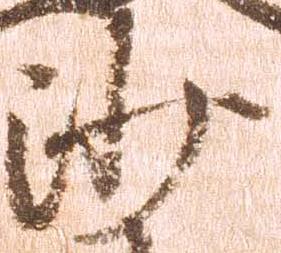
沙